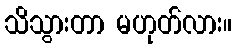
သိသွားတာ မဟုတ်လား။